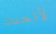
لأتحدث